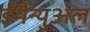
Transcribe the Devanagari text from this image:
ईमैन्युअल